Vaccination in Burma 1900-1911 - 1900-1911
Year: 1900
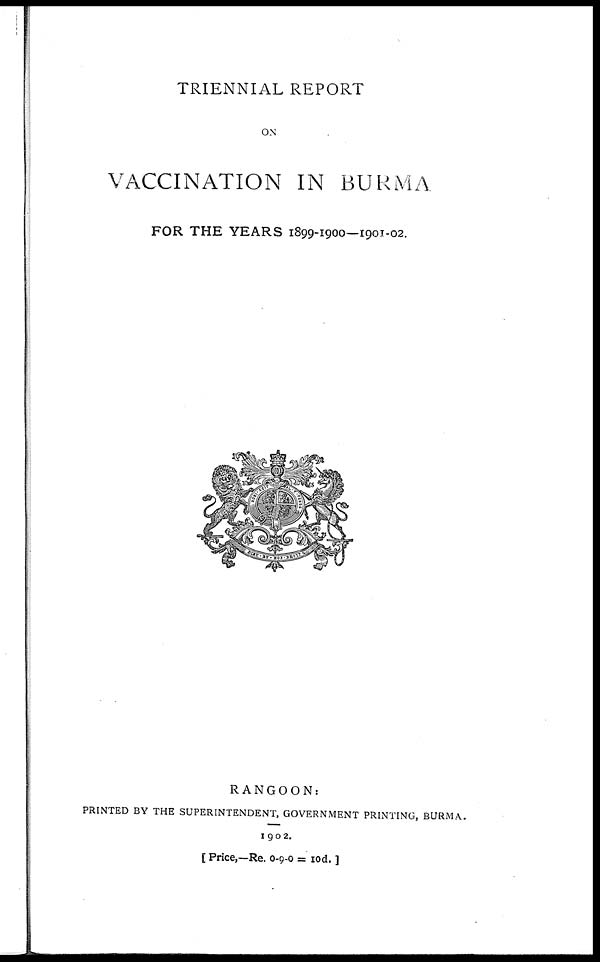
TRIENNIAL REPORT
ON
VACCINATION IN BURMA
FOR THE YEARS 1899-1900—1901-02.
RANGOON:
PRINTED BY THE SUPERINTENDENT, GOVERNMENT PRINTING, BURMA.
1902.
[ Price,—Re. 0-9-0 = 10d. ]